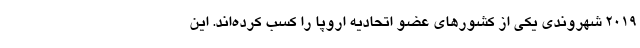
۲۰۱۹ شهروندی یکی از کشورهای عضو اتحادیه اروپا را کسب کرده‌اند. این